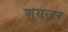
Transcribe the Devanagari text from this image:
शुयलर